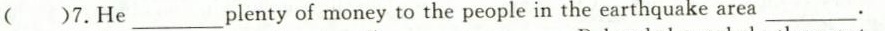
()7.He ___ plentyof money to the people in the earthquake area ____.